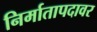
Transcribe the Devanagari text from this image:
निर्मातापदावर